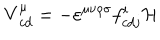
LaTeX: { \bf V } _ { c d } ^ { \mu } = - \varepsilon ^ { \mu \nu \rho \sigma } f _ { c d j } ^ { i } { \cal H }